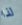
لذا